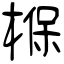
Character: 椺